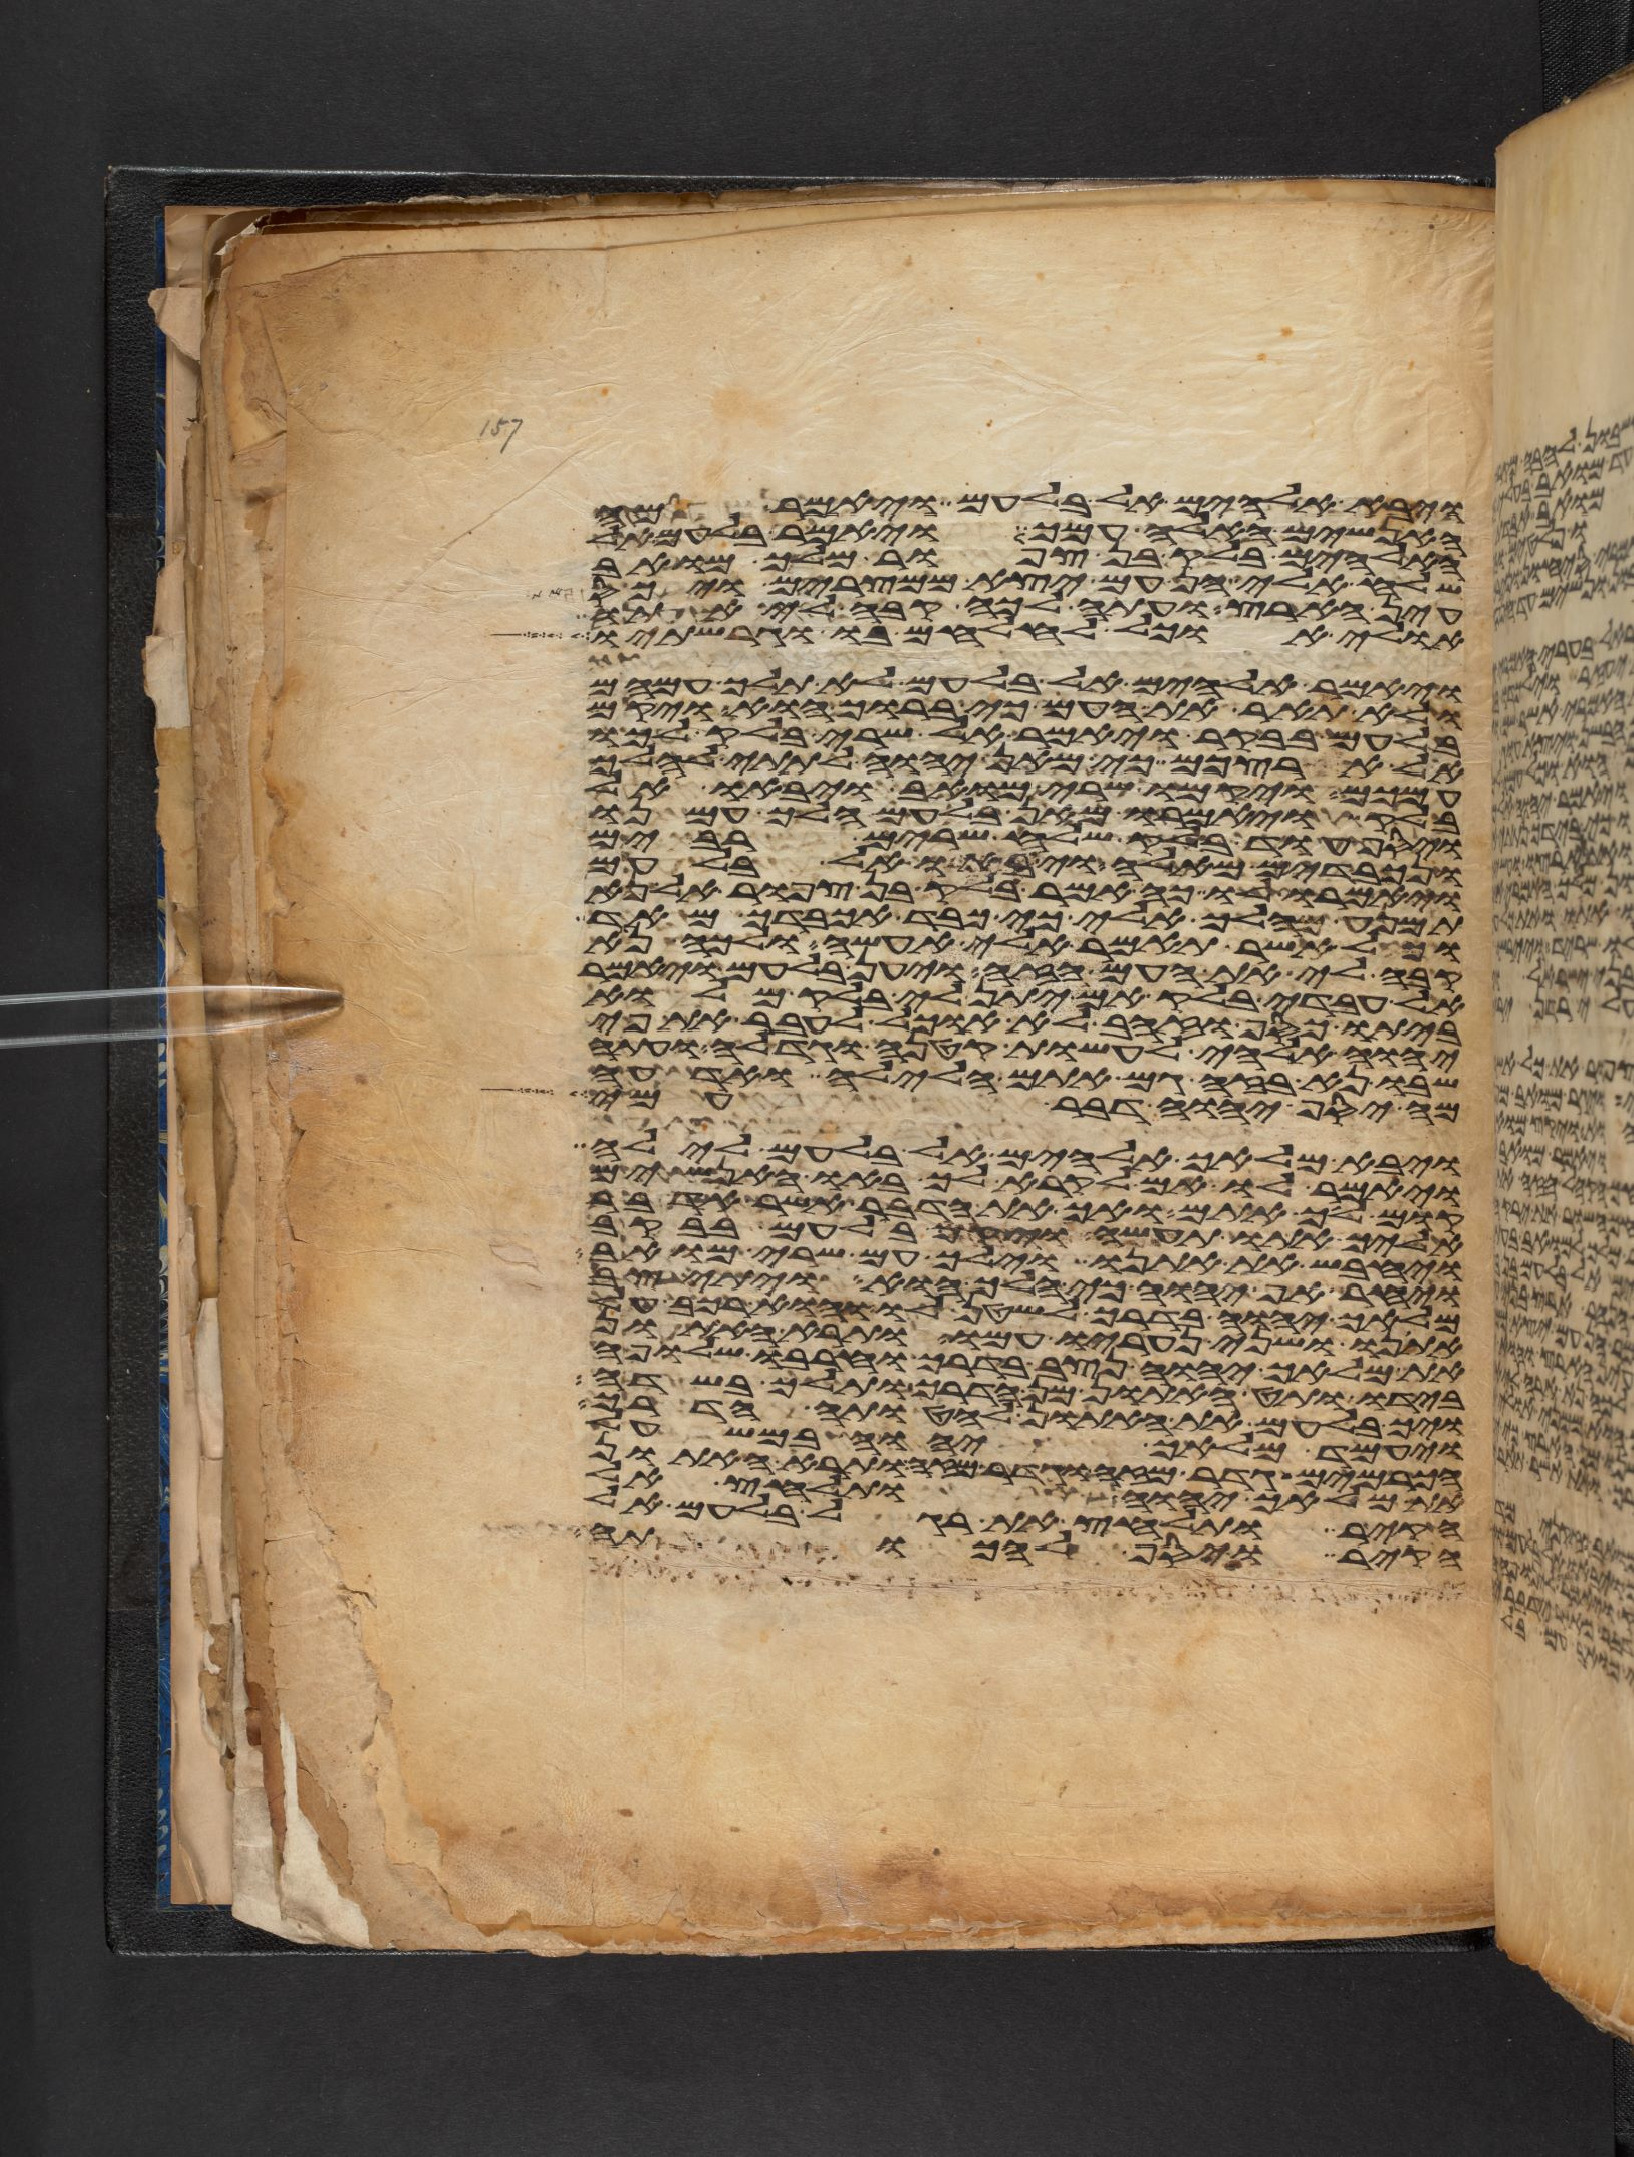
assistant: ויבא אלהים אל בלעם ויאמר מה
האנשים האלה עמך ויאמר בלעם אל
האלהים בלק בן צפור מלך מואב
שלח אלי הן עם יצא ממצרים ויכס
עין הארץ ועתה לכה קבה לי אתו
אולי אוכל להלחם בו וגרשתיו
ויאמר אלהים אל בלעם לא תלך עמהם
ולא תאר את העם כי ברוך הוא ויקם
בלעם בבקר ויאמר אל שרי בלק לכו
אל ארצכם כי מאן יהוה לתתי להלך
עמכם ויקמו שרי מואב ויבאו אל
בלק ויאמרו מאן בלעם הלך עמנו
ויסף עוד בלק שלח שרים רבים
ונכבדים מאלה ויבאו אל בלעם
ויאמרו לו כה אמר בלק בן צפור אל נא
תמנע מהלך אלי כי כבד אכבדך מאד
וכל אשר תאמר אלי אעשה ולכה נא
קבה לי את העם הזה ויען בלעם ויאמר
אל עבדי בלק אם יתן לי בלק מלוא
ביתו כסף או זהב לא אוכל לעבר את פי
יהוה אלהי לעשות קטנה או גדלה ועתה
שבו נא בזה גם אתם הלילה ואדעה
מה יסף יהוה דבר עמי
ויבא מלאך אלהים אל בלעם לילה
ויאמר לו אם לקרא לך באו האנשים
קום לך אתם ואך את הדבר אשר אדבר
אליך אתו תעשה ויקם בלעם בבקר
ויחבש את אתנו וילך עם שרי מואב
ויחר אף יהוה כי הלך הוא ויתיצב
מלאך יהוה בדרך לשטן לו והוא רכב על
אתנו ושני נעריו עמו ותרא האתון
את מלאך יהוה נצב בדרך וחרבו שלופה
בידו ותט האתון מן הדרך ותלך בשדה
ויך בלעם את האתון להטותה הדרך
ויעמד מלאך יהוה במשעל
הכרמים גדר מזה וגדר מזה ותרא האתון
את מלאך יהוה ותלחץ אל
הקיר ותלחץ את רגל בלעם אל
הקיר ויסף להכותה